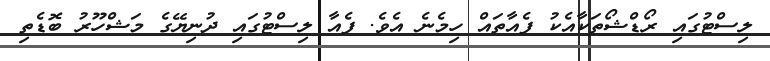
ލިސްޓުގައި ރޯޑްޝޯތަކާއެކު ފެއާތައް ހިމެނެ އެވެ. ފެއާ ލިސްޓުގައި ދުނިޔޭގެ މަަޝްހޫރު ބޮޑެތި